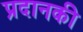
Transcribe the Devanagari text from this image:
प्रदानकी